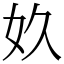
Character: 奺